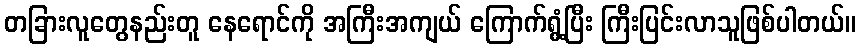
တခြားလူတွေနည်းတူ နေရောင်ကို အကြီးအကျယ် ကြောက်ရွံ့ပြီး ကြီးပြင်းလာသူဖြစ်ပါတယ်။